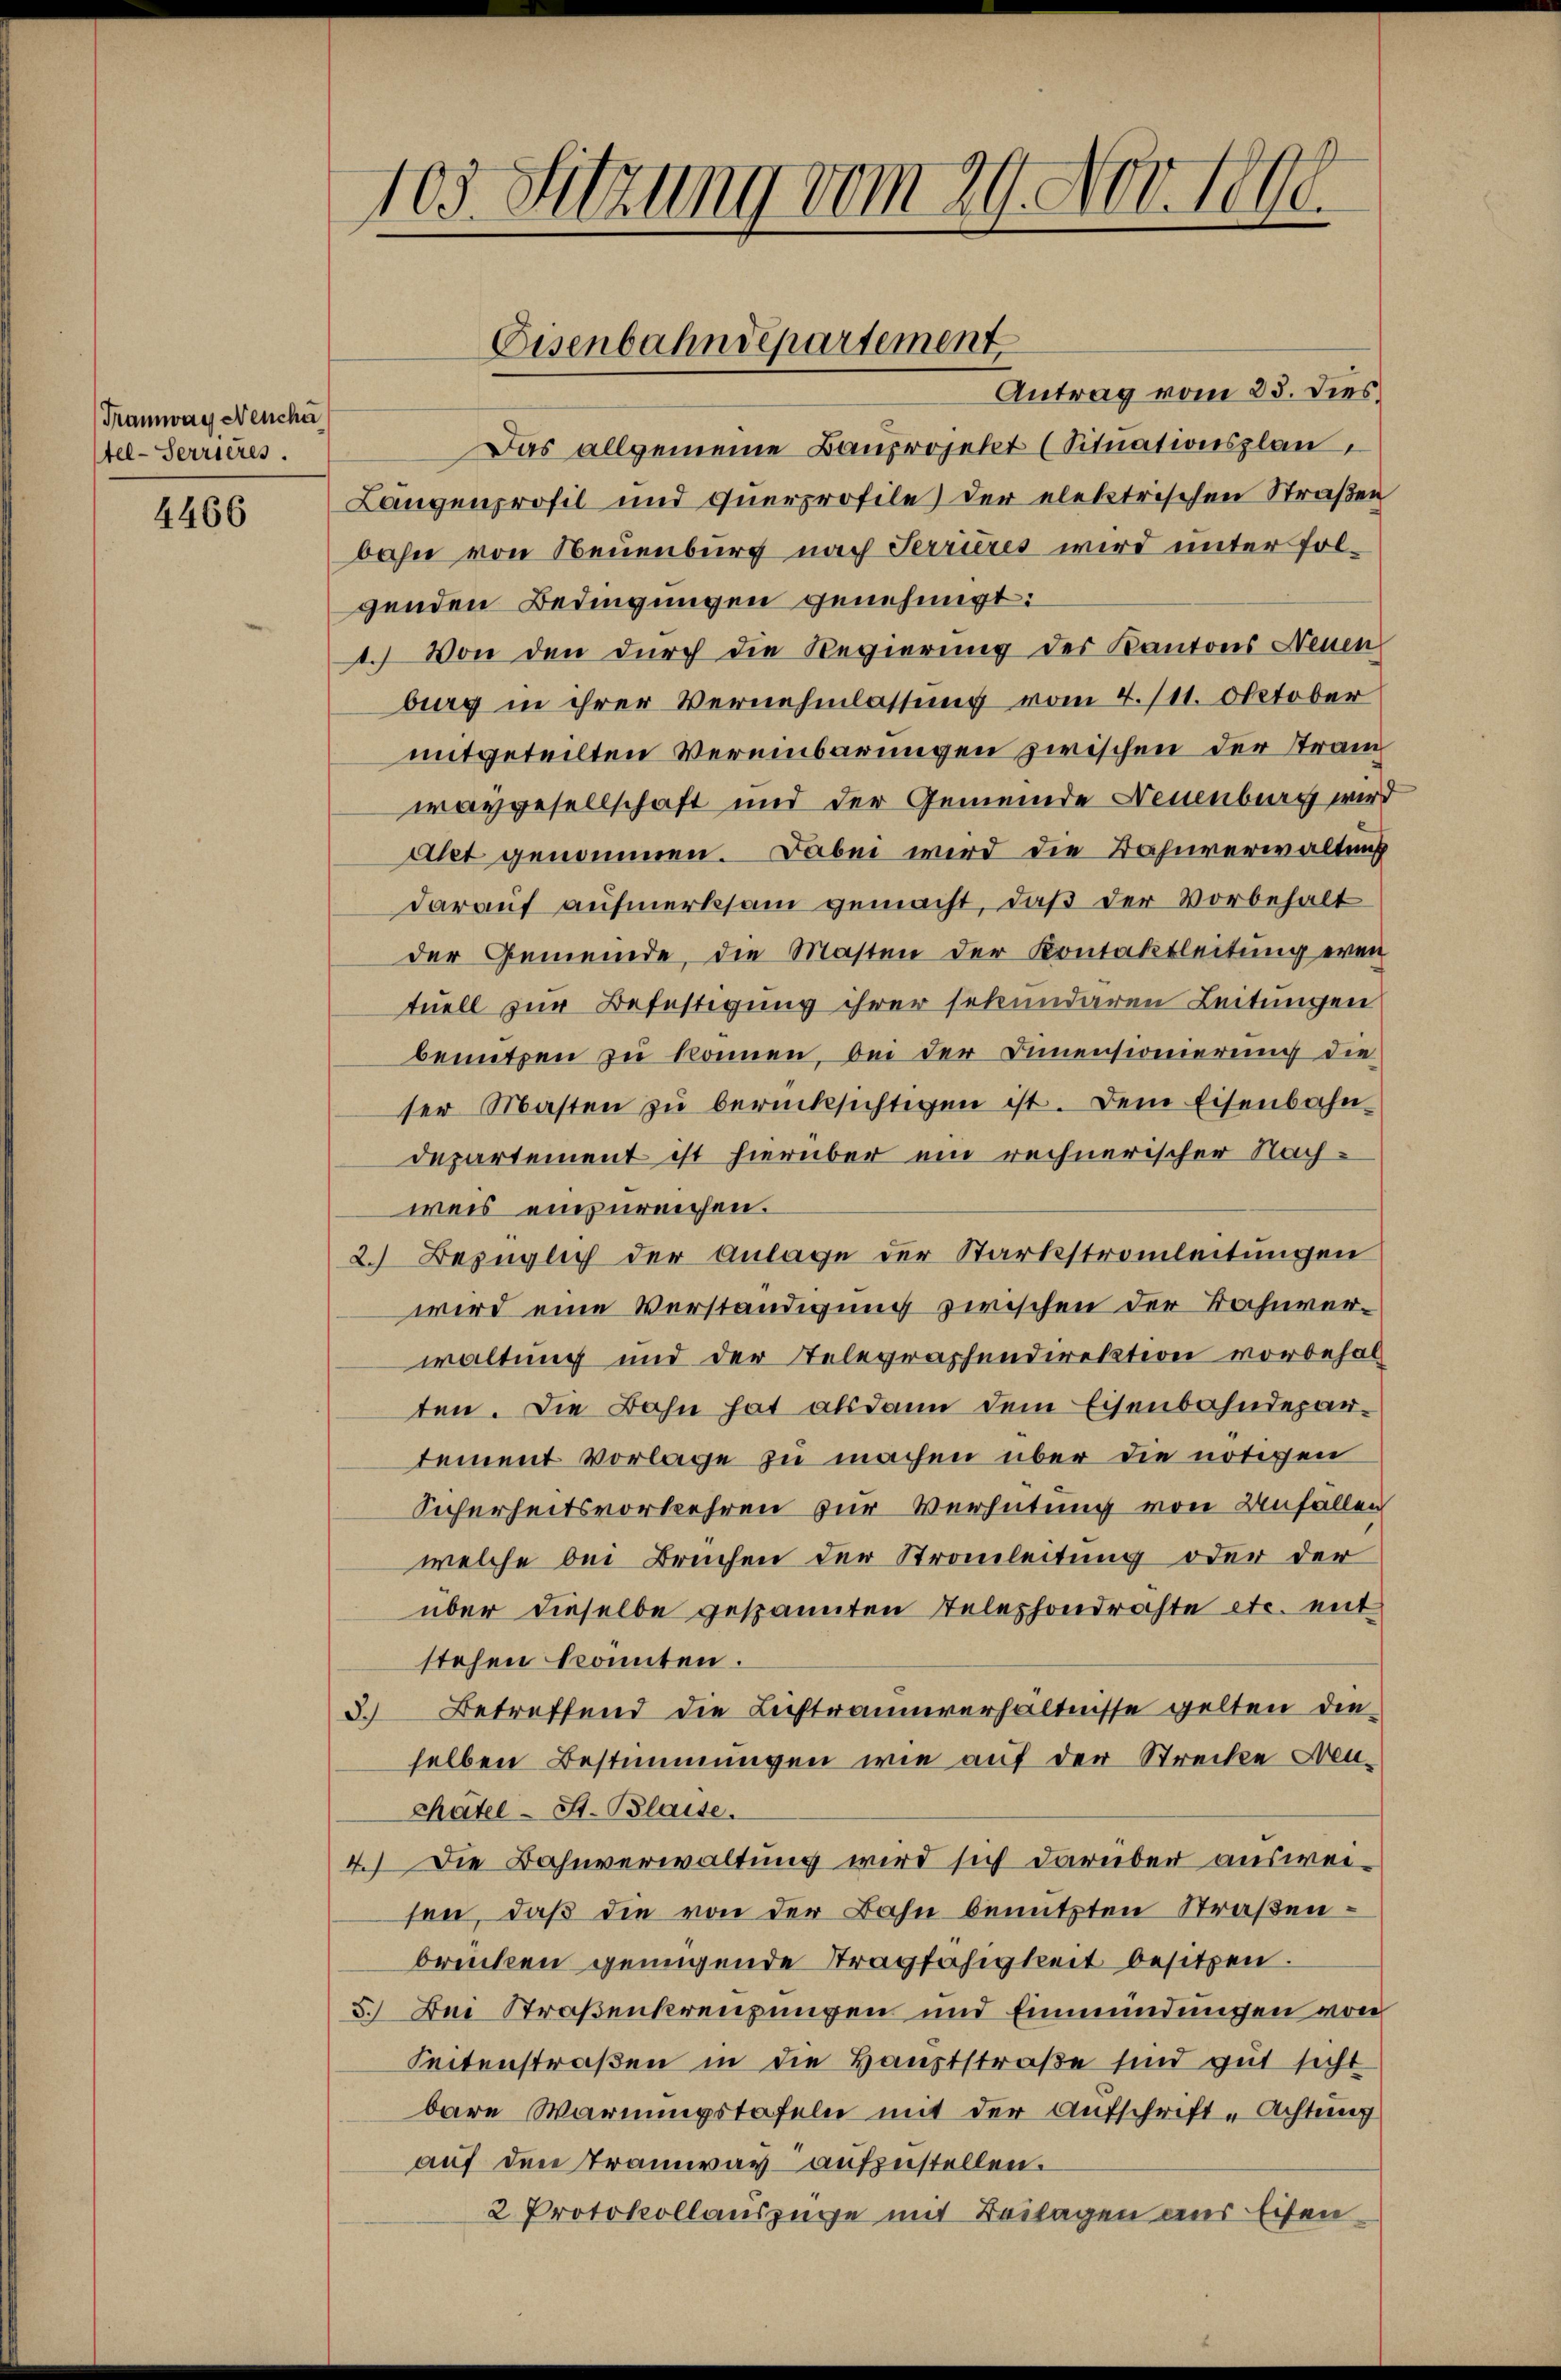
Tramway Neuche
tel-Serrieres.

4466

103. Sitzung vom 29. Nov. 1890.

Antrag vom 23. Dies
Das allgemeine Bauprojekt (Situationsplan
Längenprofil und Querprofile) der elektrischen Straßen
bahn von Neuenburg nach Terrieres wird unter folgenden Bedingungen genehmigt:
1.) Von den durch die Regierung des Kantons Neuen
burg in ihrer Vernehmlassung vom 4. 111. Oktober
mitgeteilten Vereinbarungen zwischen der Stram
waygesellschaft und der Gemeinde Neuenburg wird
Alet genommen. Dabei wird die Bahnverwaltung
darauf aufmerksam gemacht, daß der Vorbehalt
der Gemeinde, die Masten der Kontaktleitung even
tuell zur Befestigung ihrer sekundaren Leitungen
benutzen zu können, bei der Innensionierung die
ser Masten zŭ berücksichtigen ist. Dem Eisenbahn-
departement ist hierüber ein rechnerischer Nachweis einzureichen.
2.) Bezüglich der Anlage der Starkstromleitungen
wird eine Verständigung zwischen der Bahnverwaltung und der Telegraphendirektion vorbehalten. Die Bahn hat als dann dem Eisenbahndepartement vorlage zu machen über die nötigen
Sicherheitsvorkehren zur Verhütung von Unfällen
welche bei Bruchen der Strauleitung oder der
über dieselbe gespannten Telephondrähte etc. mit
stehen konnten.
3. Betreffend die Lichtraumverhältnisse gelten die
selben Bestimmungen wie auf der Strecke Neu¬
Rhätel-St. Blaise.
4.) Die Bahnverwaltung wird sich darüber ausweisen, daß die von der Bahn benutzten Straßenbrücken genügende Stragfähigkeit besitzen.
5.) Bei Straßenkreuzungen und Einmündungen von
Seitenstraßen in die Hauptstraße sind gut sicht
bare Warnungstafeln mit der Aufschrift-Achtung
auf den Tramway aufzustellen.
2 Protokollauszüge mit Beilagen aus Eisen¬

Eisenbahndepartement